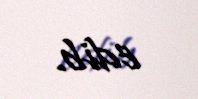
edib.